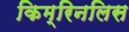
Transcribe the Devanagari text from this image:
किम्रिनलिस